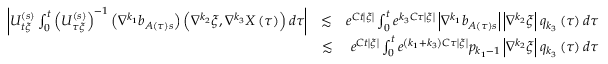
\begin{array} { r l r } { \left\vert U _ { t \xi } ^ { \left( s \right) } \int _ { 0 } ^ { t } \left( U _ { \tau \xi } ^ { \left( s \right) } \right) ^ { - 1 } \left( \nabla ^ { k _ { 1 } } b _ { A \left( \tau \right) s } \right) \left( \nabla ^ { k _ { 2 } } \xi , \nabla ^ { k _ { 3 } } X \left( \tau \right) \right) d \tau \right\vert } & { \lesssim } & { e ^ { C t \left\vert \xi \right\vert } \int _ { 0 } ^ { t } e ^ { k _ { 3 } C \tau \left\vert \xi \right\vert } \left\vert \nabla ^ { k _ { 1 } } b _ { A \left( \tau \right) s } \right\vert \left\vert \nabla ^ { k _ { 2 } } \xi \right\vert q _ { k _ { 3 } } \left( \tau \right) d \tau } \\ & { \lesssim } & { e ^ { C t \left\vert \xi \right\vert } \int _ { 0 } ^ { t } e ^ { \left( k _ { 1 } + k _ { 3 } \right) C \tau \left\vert \xi \right\vert } p _ { k _ { 1 } - 1 } \left\vert \nabla ^ { k _ { 2 } } \xi \right\vert q _ { k _ { 3 } } \left( \tau \right) d \tau } \end{array}